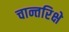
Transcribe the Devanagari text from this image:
चान्तरिक्षे